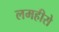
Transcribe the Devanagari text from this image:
लमहीसे